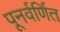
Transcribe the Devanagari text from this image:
पूनर्वर्णित